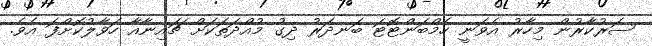
ސަރުކާރުން މިހާރު އެވަނީ ހެމްބަންޓޮޓަ ބަނދަރު ދިގު މުއްދަތަކަށް ޗައިނާއާ ހަވާލުކޮށްފަ އެވެ.